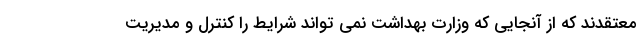
معتقدند که از آنجایی که وزارت بهداشت نمی تواند شرایط را کنترل و مدیریت